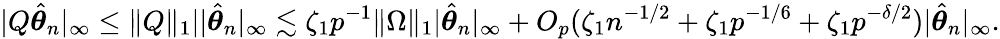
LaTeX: |Q\hat{{\boldsymbol\theta}}_{n}|_{\infty}\leq\| Q\| _{1}||\hat{{\boldsymbol\theta}}_{n}|_{\infty}\lesssim\zeta_{1}p^{-1}\| \Omega\| _{1}|\hat{{\boldsymbol\theta}}_{n}|_{\infty}+O_{p}(\zeta_{1}n^{-1/2}+\zeta_{1}p^{-1/6}+\zeta_{1}p^{-\delta/2})|\hat{{\boldsymbol\theta}}_{n}|_{\infty}.